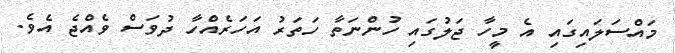
މައްސަލައިގައި އެ މީހާ ޖަލުގައި ހުންނަތާ ހަތަރު އަހަރެއްހާ ދުވަސް ވެއްޖެ އެވެ.